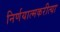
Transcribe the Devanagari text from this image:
निर्णयात्मकरीत्या